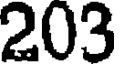
203